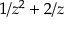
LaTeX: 1 / z ^ { 2 } + 2 / z